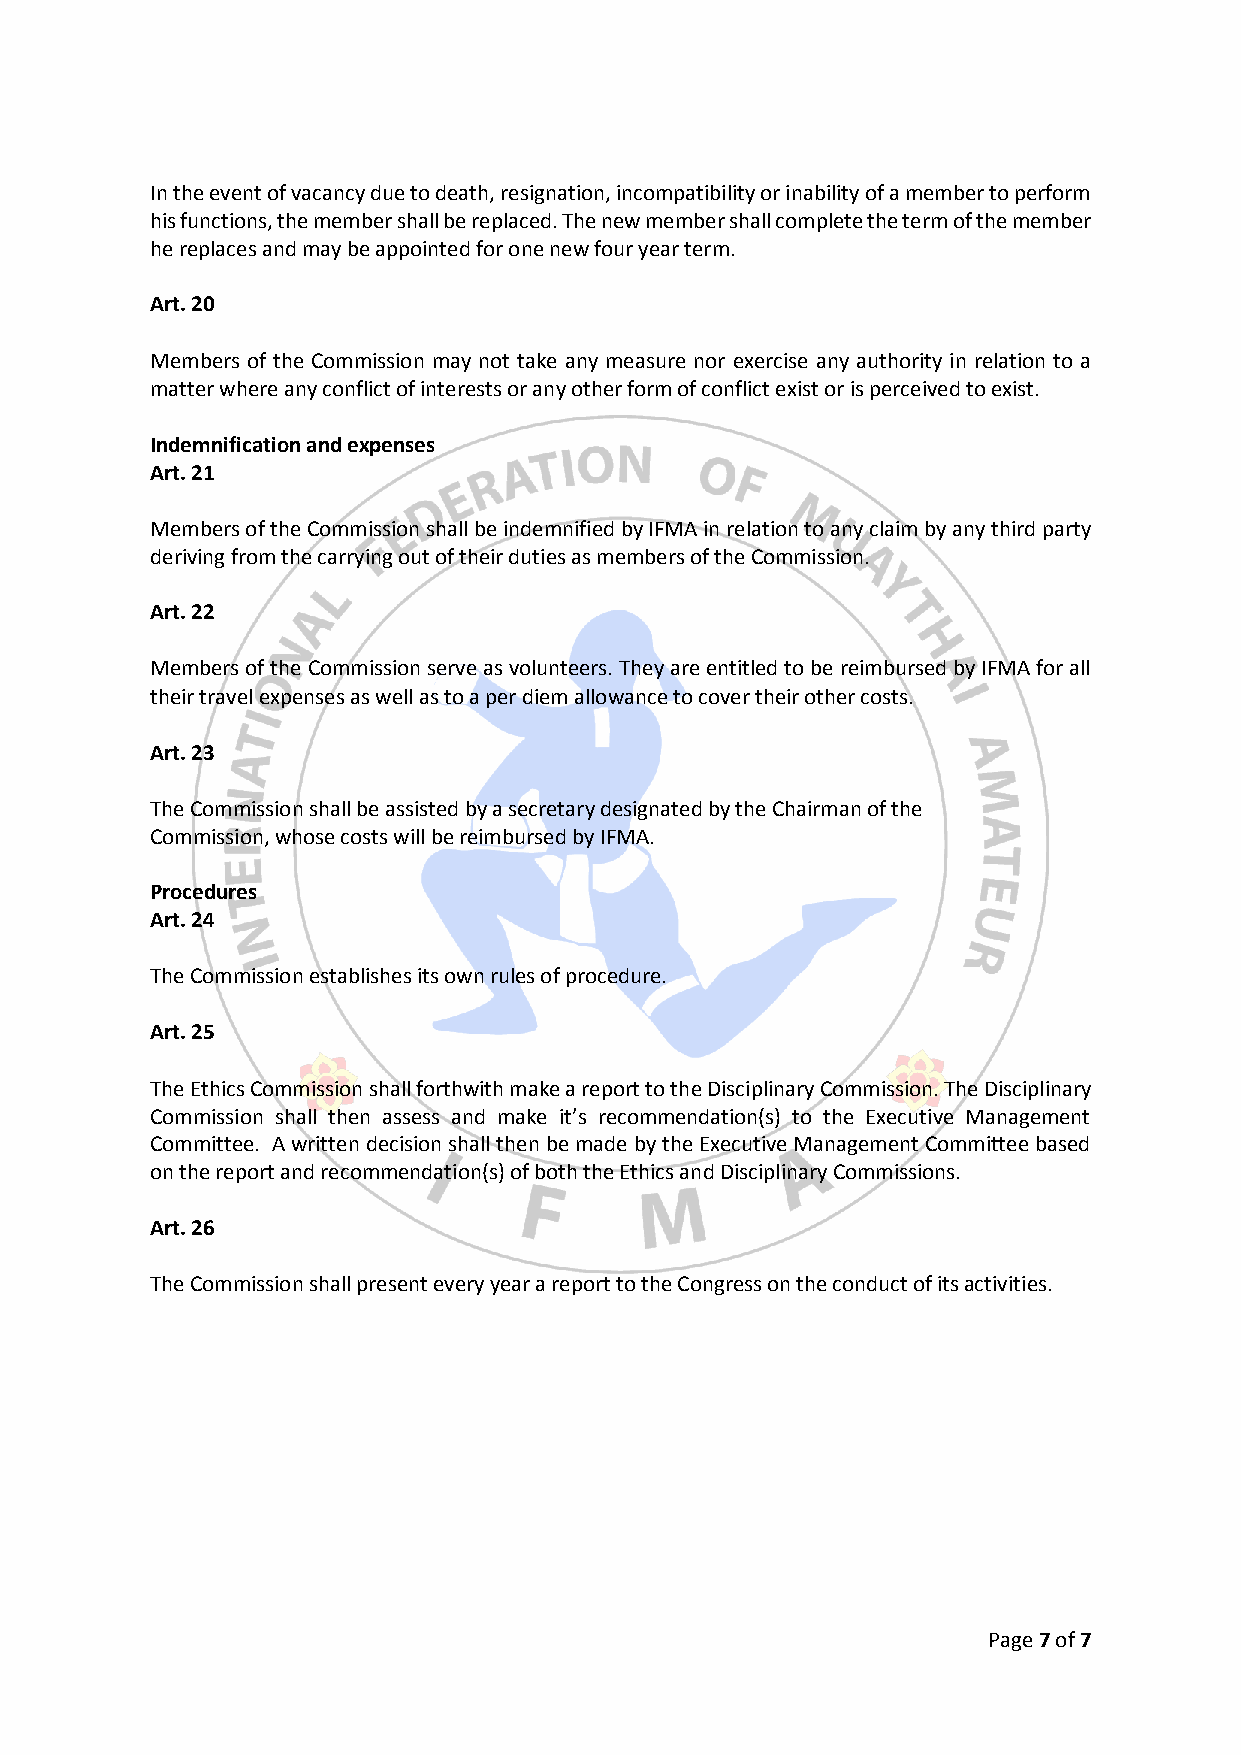
In the event of vacancy due to death, resignation, incompatibility or inability of a member to perform
 his functions, the member shall be replaced. The new member shall complete the term of the member
 he replaces and may be appointed for one new four year term.
 Art. 20
 Members of the Commission may not take any measure nor exercise any authority in relation to a
 matter where any conflict of interests or any other form of conflict exist or is perceived to exist.
 Indemnification and expenses
 Art. 21
 Members of the Commission shall be indemnified by IFMA in relation to any claim by any third party
 deriving from the carrying out of their duties as members of the Commission.
 Art. 22
 Members of the Commission serve as volunteers. They are entitled to be reimbursed by IFMA for all
 their travel expenses as well as to a per diem allowance to cover their other costs.
 Art. 23
 The Commission shall be assisted by a secretary designated by the Chairman of the
 Commission, whose costs will be reimbursed by IFMA.
 Procedures
 Art. 24
 The Commission establishes its own rules of procedure.
 Art. 25
 The Ethics Commission shall forthwith make a report to the Disciplinary Commission. The Disciplinary
 Commission shall then assess and make it’s recommendation(s) to the Executive Management
 Committee. A written decision shall then be made by the Executive Management Committee based
 on the report and recommendation(s) of both the Ethics and Disciplinary Commissions.
 Art. 26
 The Commission shall present every year a report to the Congress on the conduct of its activities.
 Page 7 of 7